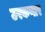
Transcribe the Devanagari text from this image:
उरकणार